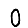
Digit: 0